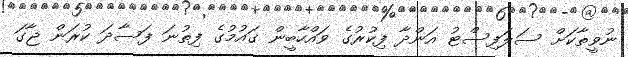
ނުވީތާކަށް ސަލަފިސްޓު އަންދާ ފިކުރުގެ ވައްހާބީން ގައުމުގެ ފިތުނަ ފަސާދަ ކުރަން ޖާގަ